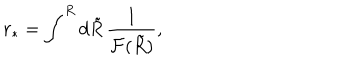
{ r _ { * } } = \int ^ { R } d \tilde { R } \, \frac { 1 } { { \cal F } ( \tilde { R } ) } ,